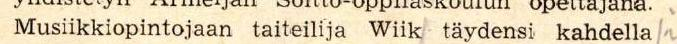
Musiikkiopintojaan taiteilija Wiik täydensi kahdella